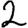
Digit: 2